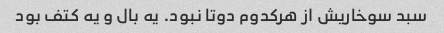
سبد سوخاریش از هرکدوم دوتا نبود. یه بال و یه کتف بود